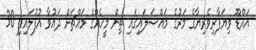
އައްޑޫ ވިޔަފާރިވެރިޔާގެ މަރުގެ މައްސަލައިގައި ތިން މީހެއްގެ މައްޗަށް ދައުވާ އުފުލައިފި 30